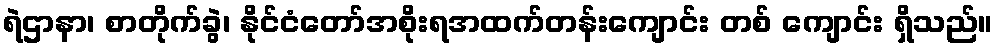
ရဲဌာနာ၊ စာတိုက်ခွဲ၊ နိုင်ငံတော်အစိုးရအထက်တန်းကျောင်း တစ် ကျောင်း ရှိသည်။